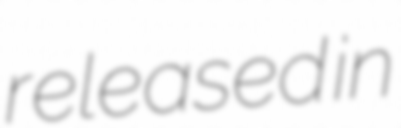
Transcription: released in